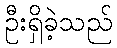
ဦးရှိခဲ့သည်